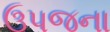
ઉપજના